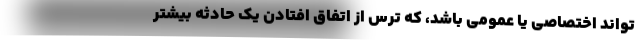
‌تواند اختصاصی یا عمومی باشد، که ترس از اتفاق افتادن یک حادثه بیشتر